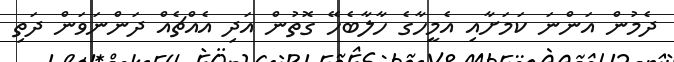
ދެމުން އަންނަ ކަމަށާއި އެމީހާގެ ހާލާބެހޭ ގޮތުން އަދި އެއްޗެއް ދަންނަވަން ދަތި